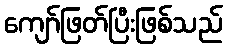
ကျော်ဖြတ်ပြီးဖြစ်သည်